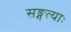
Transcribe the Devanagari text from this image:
सङ्गत्याः